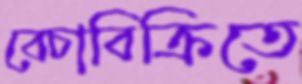
বেচাবিক্রিতে